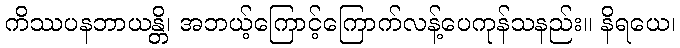
ကိဿပနဘာယန္တိ၊ အဘယ့်ကြောင့်ကြောက်လန့်ပေကုန်သနည်း။ နိရယေ၊